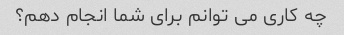
چه کاری می توانم برای شما انجام دهم؟